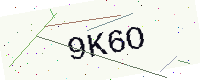
Text: 9K6O